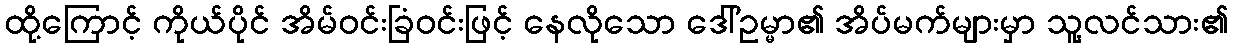
ထို့ကြောင့် ကိုယ်ပိုင် အိမ်ဝင်းခြံဝင်းဖြင့် နေလိုသော ဒေါ်ဥမ္မာ၏ အိပ်မက်များမှာ သူ့လင်သား၏